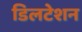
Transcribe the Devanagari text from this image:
डिलटेशन